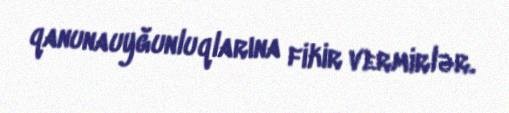
qanunauyğunluqlarına fikir vermirlər.